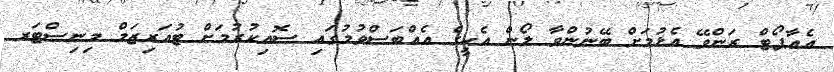
އެއާޕޯޓް ރަންވޭ އެޅުމަށް ބޭނުންވާ ލޯން އެހީގެ އެއްބަސްވުމުގައި ސޮއިކުރުމަށް ޓުއަރިޒަމް މިނިސްޓަރ